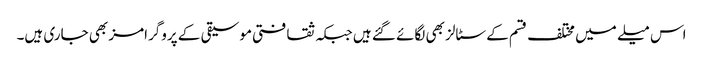
اس میلے میں مختلف قسم کے سٹالز بھی لگائے گئے ہیں جبکہ ثقافتی موسیقی کے پروگرامز بھی جاری ہیں۔